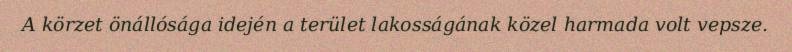
A körzet önállósága idején a terület lakosságának közel harmada volt vepsze.